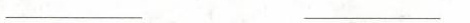
___ ___